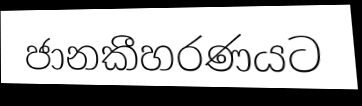
ජානකීහරණයට